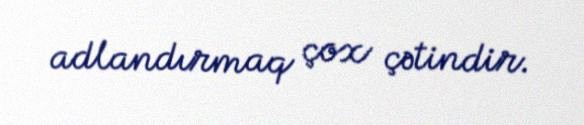
adlandırmaq çox çətindir.